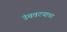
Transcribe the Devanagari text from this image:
उंचवटयाचा